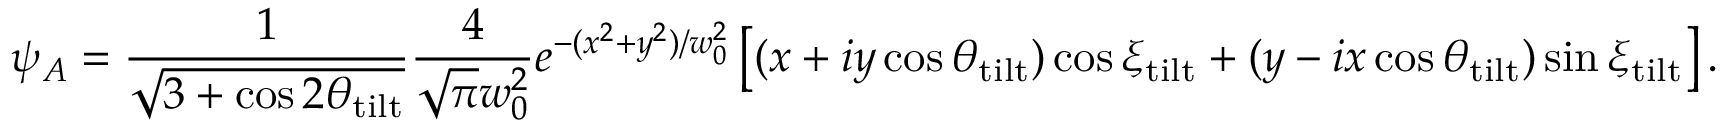
\psi _ { A } = \frac { 1 } { \sqrt { 3 + \cos { 2 \theta _ { \mathrm { t i l t } } } } } \frac { 4 } { \sqrt { \pi } w _ { 0 } ^ { 2 } } e ^ { - ( x ^ { 2 } + y ^ { 2 } ) / w _ { 0 } ^ { 2 } } \left[ ( x + i y \cos { \theta _ { \mathrm { t i l t } } } ) \cos { \xi _ { \mathrm { t i l t } } } + ( y - i x \cos { \theta _ { \mathrm { t i l t } } } ) \sin { \xi _ { \mathrm { t i l t } } } \right] .